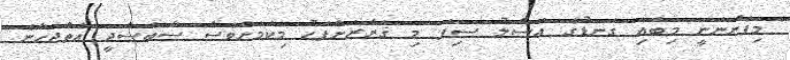
މިފެންނަނީ މިބައި ގަނޑުގެ އަސްލު ސިފަ މި ޤަރާރަށްފަހު މިކަމަށްވެސް ސާބަސްދީ އަތްޖަހާނެ